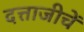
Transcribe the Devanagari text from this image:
दत्ताजीचें